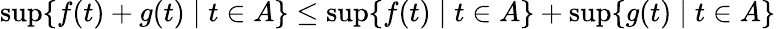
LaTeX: \operatorname*{sup}\{ f(t)+g(t)\mid t\in A\} \leq\operatorname*{sup}\{ f(t)\mid t\in A\} +\operatorname*{sup}\{ g(t)\mid t\in A\}